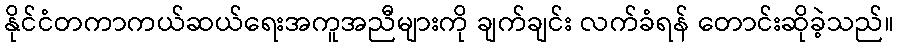
နိုင်ငံတကာကယ်ဆယ်ရေးအကူအညီများကို ချက်ချင်း လက်ခံရန် တောင်းဆိုခဲ့သည်။